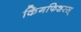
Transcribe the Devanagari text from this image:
किंगफिशरस्